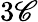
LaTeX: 3\mathscr{C}